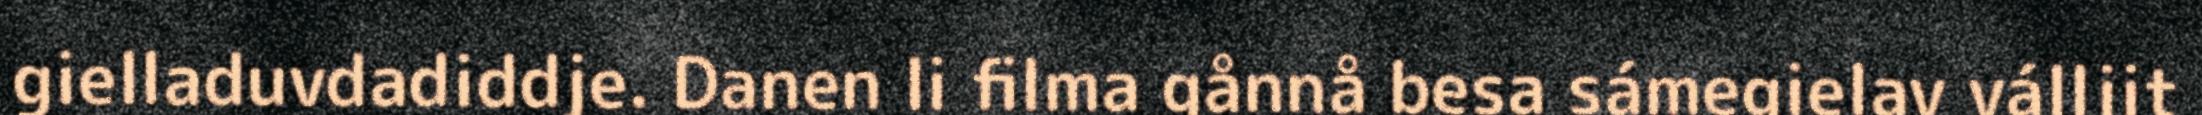
gielladuvdadiddje. Danen li filma gånnå besa sámegielav válljit